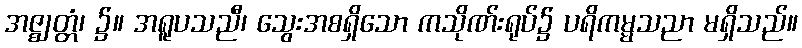
အဇ္ဈတ္တံ၊ ၌။ အရူပသညီ၊ သွေးအစရှိသော ကသိုဏ်းရုပ်၌ ပရိကမ္မသညာ မရှိသည်။